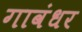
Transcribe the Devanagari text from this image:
गावंधर